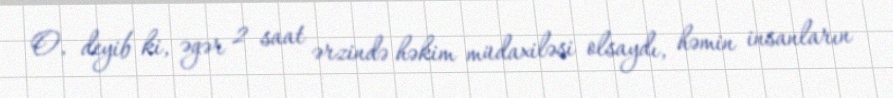
O, deyib ki, əgər 2 saat ərzində həkim müdaxiləsi olsaydı, həmin insanların